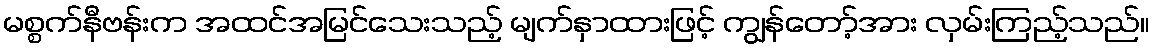
မစ္စက်နီဗန်းက အထင်အမြင်သေးသည့် မျက်နှာထားဖြင့် ကျွန်တော့်အား လှမ်းကြည့်သည်။